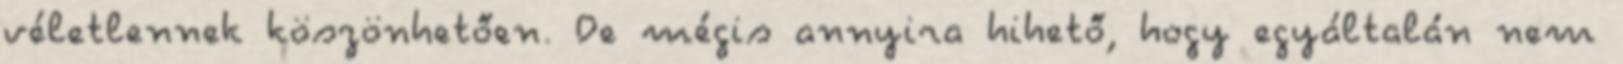
véletlennek köszönhetően. De mégis annyira hihető, hogy egyáltalán nem